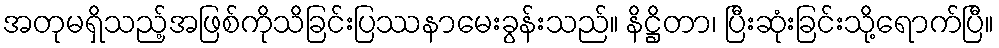
အတုမရှိသည့်အဖြစ်ကိုသိခြင်းပြဿနာမေးခွန်းသည်။ နိဋ္ဌိတာ၊ ပြီးဆုံးခြင်းသို့ရောက်ပြီ။